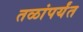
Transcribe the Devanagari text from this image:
तळांपर्यंत